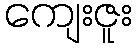
ကျေးဇူး